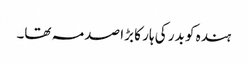
ہندہ کو بدر کی ہار کا بڑا صدمہ تھا۔